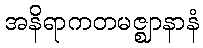
အနိရာကတမဇ္ဈာနာနံ